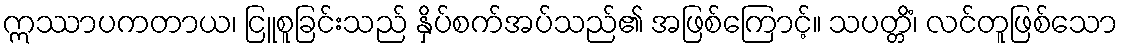
ဣဿာပကတာယ၊ ငြူစူခြင်းသည် နှိပ်စက်အပ်သည်၏ အဖြစ်ကြောင့်။ သပတ္တိံ၊ လင်တူဖြစ်သော